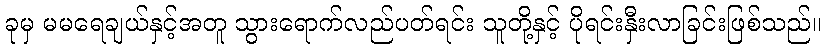
ခုမှ မမရေချယ်နှင့်အတူ သွားရောက်လည်ပတ်ရင်း သူတို့နှင့် ပိုရင်းနှီးလာခြင်းဖြစ်သည်။